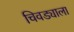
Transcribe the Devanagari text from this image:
चिवड्याला